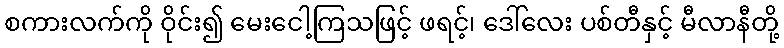
စကားလက်ကို ဝိုင်း၍ မေးငေါ့ကြသဖြင့် ဖရင့်၊ ဒေါ်လေး ပစ်တီနှင့် မီလာနီတို့